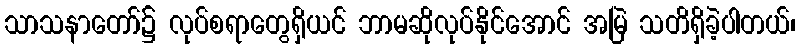
သာသနာတော်၌ လုပ်စရာတွေရှိယင် ဘာမဆိုလုပ်နိုင်အောင် အမြဲ သတိရှိခဲ့ပါတယ်၊